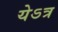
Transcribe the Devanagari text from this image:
येऽत्र